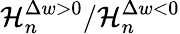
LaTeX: \mathcal{H}_{n}^{\Delta w>0}/\mathcal{H}_{n}^{\Delta w<0}